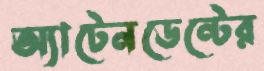
অ্যাটেনডেন্টের